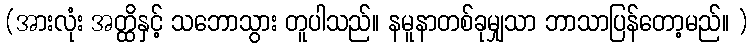
(အားလုံး အတ္ထိနှင့် သဘောသွား တူပါသည်။ နမူနာတစ်ခုမျှသာ ဘာသာပြန်တော့မည်။ )